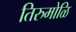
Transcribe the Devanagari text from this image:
तिरुमोळि